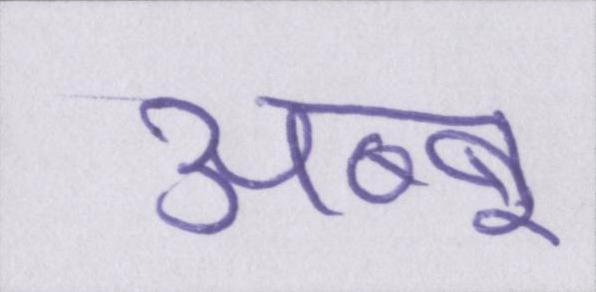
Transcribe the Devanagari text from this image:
अब्बू